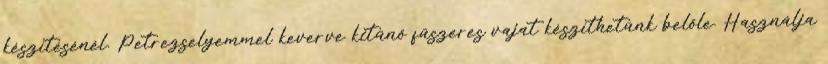
készítésénél. Petrezselyemmel keverve kitűnő fűszeres vajat készíthetünk belőle. Használja